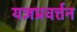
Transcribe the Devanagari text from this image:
यज्ञप्रवर्त्तन